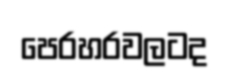
පෙරහරවලටද